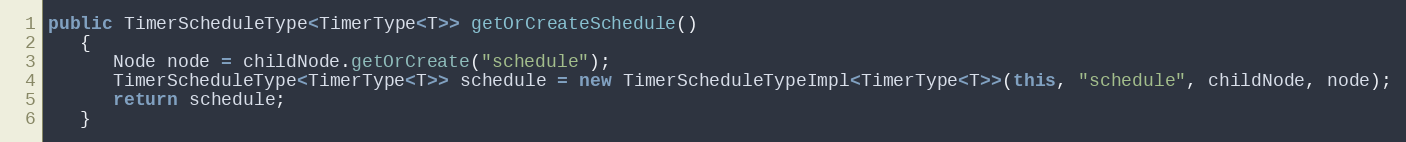
Language: Java
public TimerScheduleType<TimerType<T>> getOrCreateSchedule()
   {
      Node node = childNode.getOrCreate("schedule");
      TimerScheduleType<TimerType<T>> schedule = new TimerScheduleTypeImpl<TimerType<T>>(this, "schedule", childNode, node);
      return schedule;
   }